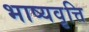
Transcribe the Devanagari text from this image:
भाष्यवृत्ति